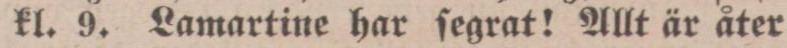
kl. 9. Lamartine har ſegrat! Allt är åter